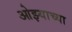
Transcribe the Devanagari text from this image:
ओझ्याच्या